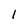
Character: 1